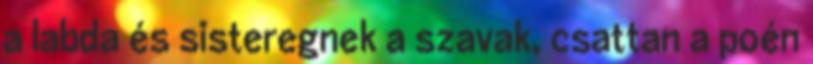
a labda és sisteregnek a szavak, csattan a poén